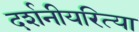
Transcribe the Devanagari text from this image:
दर्शनीयरित्या